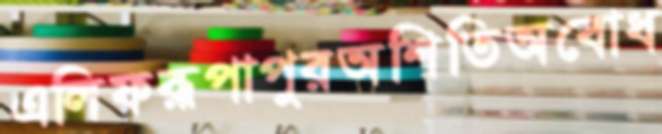
এলিফরূপাপুরঅশিতিঅবোধ